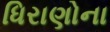
ધિરાણોના